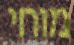
מוחי